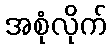
အစုံလိုက်